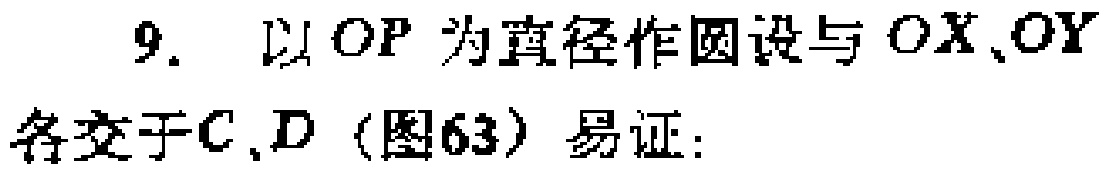
9. 以 \(OP\) 为直径作圆设与 \(OX\)、\(OY\) 各交于 \(C\)、\(D\)（图63）易证：